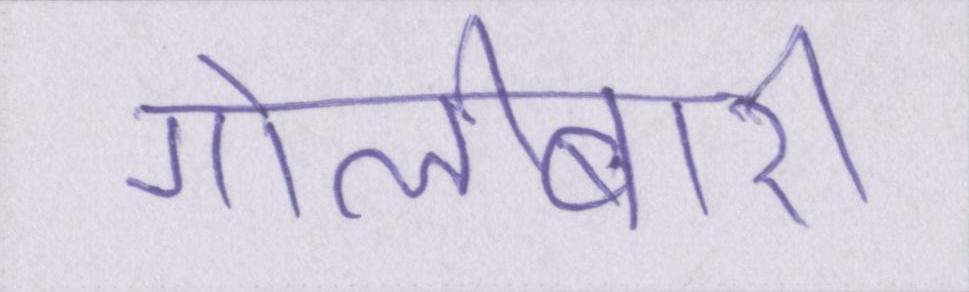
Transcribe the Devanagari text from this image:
गोलीबारी